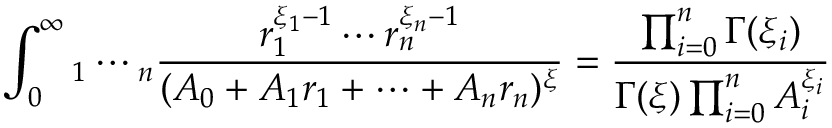
\int _ { 0 } ^ { \infty } \d r _ { 1 } \cdots \d r _ { n } \frac { r _ { 1 } ^ { \xi _ { 1 } - 1 } \cdots r _ { n } ^ { \xi _ { n } - 1 } } { ( A _ { 0 } + A _ { 1 } r _ { 1 } + \cdots + A _ { n } r _ { n } ) ^ { \xi } } = \frac { \prod _ { i = 0 } ^ { n } \Gamma ( \xi _ { i } ) } { \Gamma ( \xi ) \prod _ { i = 0 } ^ { n } A _ { i } ^ { \xi _ { i } } }